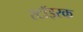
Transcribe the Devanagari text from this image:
स्टॉइरक